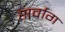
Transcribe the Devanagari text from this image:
सर्वाग